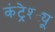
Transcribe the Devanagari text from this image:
कंट्रेश्ट्यू